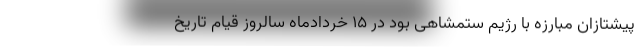
پیشتازان مبارزه با رژیم ستمشاهی بود در ۱۵ خردادماه سالروز قیام تاریخ